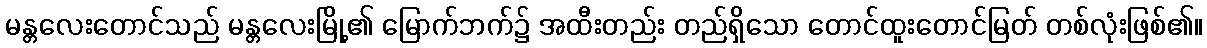
မန္တလေးတောင်သည် မန္တလေးမြို့၏ မြောက်ဘက်၌ အထီးတည်း တည်ရှိသော တောင်ထူးတောင်မြတ် တစ်လုံးဖြစ်၏။